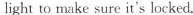
light to make sure it's locked.